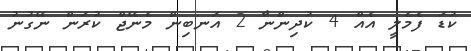
ކުޑަ ފެމެލީ އެއް 4 ކުދިންނާ 2 އަނބިން މެނޭޖް ކުރަން ނޭގުނު